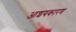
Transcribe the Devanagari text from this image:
आशयकारण